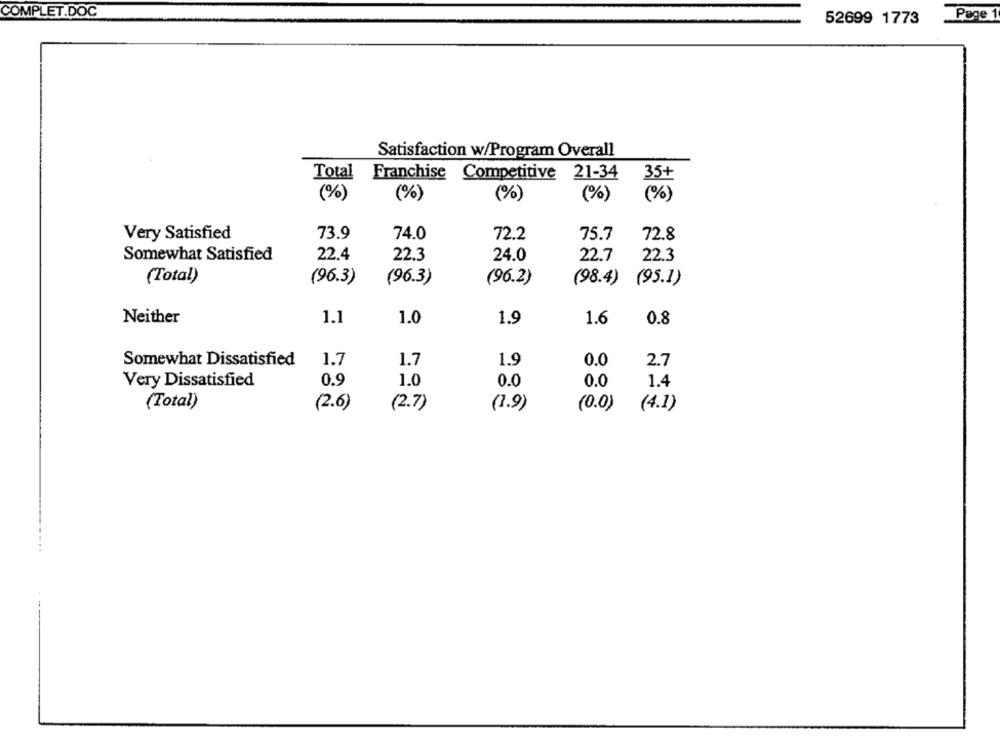
COMPLET.DOC
52699 1773
Page 1
Satisfaction w/Program Overall
Total Franchise Competitive 21-34
35+
(%)
(%)
(%)
(%)
(%)
Very Satisfied
73.9
74.0
72.2
75.7
72.8
Somewhat Satisfied
22.4
22.3
24.0
22.7
22.3
(Total)
(96.3)
(96.3)
(96.2)
(98.4) (95.1)
Neither
1.1
1.0
1.6
1.9
0.8
Somewhat Dissatisfied
1.7
1.7
1.9
0.0
2.7
Very Dissatisfied
0.9
1.0
0.0
0.0
1.4
(Total)
(2.6)
(2.7)
(1.9)
(0.0) (4.1)